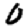
Digit: 0